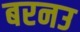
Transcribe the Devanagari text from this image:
बरनउ